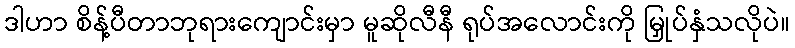
ဒါဟာ စိန့်ပီတာဘုရားကျောင်းမှာ မူဆိုလီနီ ရုပ်အလောင်းကို မြှုပ်နှံသလိုပဲ။